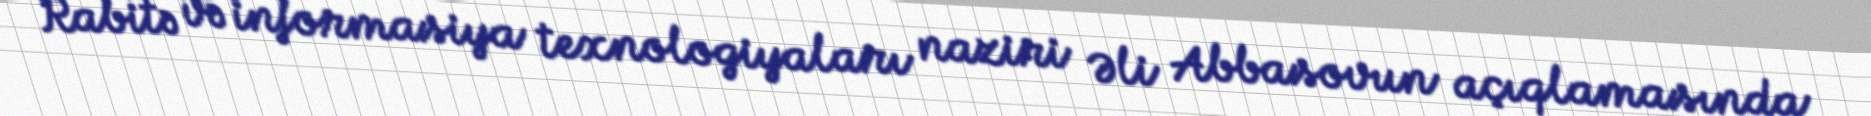
Rabitə və informasiya texnologiyaları naziri Əli Abbasovun açıqlamasında